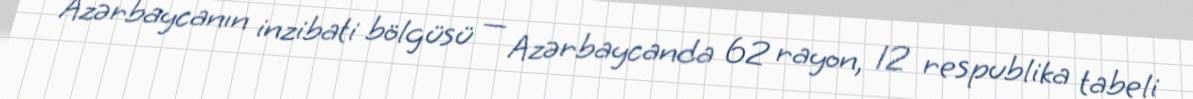
Azərbaycanın inzibati bölgüsü — Azərbaycanda 62 rayon, 12 respublika tabeli